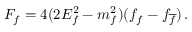
F _ { f } = 4 ( 2 E _ { f } ^ { 2 } - m _ { f } ^ { 2 } ) ( f _ { f } - f _ { \overline { { f } } } ) \, .